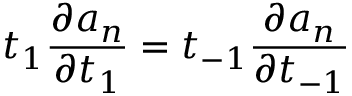
t _ { 1 } \frac { \partial a _ { n } } { \partial t _ { 1 } } = t _ { - 1 } \frac { \partial a _ { n } } { \partial t _ { - 1 } }